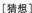
[猜想〕